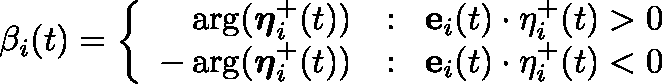
\beta _ { i } ( t ) = \left\{ \begin{array} { r l } { \arg ( \boldsymbol { \eta } _ { i } ^ { + } ( t ) ) } & { : \; \; \mathbf { e } _ { i } ( t ) \cdot \mathbf { \eta } _ { i } ^ { + } ( t ) > 0 } \\ { - \arg ( \boldsymbol { \eta } _ { i } ^ { + } ( t ) ) } & { : \; \; \mathbf { e } _ { i } ( t ) \cdot \mathbf { \eta } _ { i } ^ { + } ( t ) < 0 } \end{array} \right.